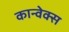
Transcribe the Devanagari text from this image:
कान्वेक्स